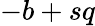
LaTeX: -b+sq